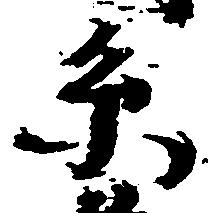
系